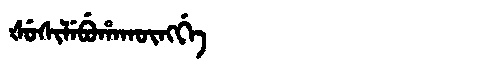
Manchu: ᡧᡠᠰᡳᠯᡝᠪᡠᡥᠠᡴᡡᠩᡤᡝ
Romanization: ŠUSILEBUHAKŪNGGE